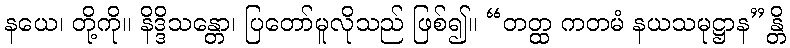
နယေ၊ တို့ကို။ နိဒ္ဒိသန္တော၊ ပြတော်မူလိုသည် ဖြစ်၍။ “တတ္ထ ကတမံ နယသမုဋ္ဌာန”န္တိ